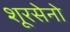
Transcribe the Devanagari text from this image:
शूरसेनो